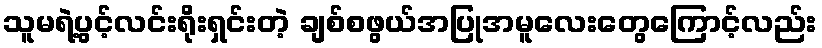
သူမရဲ့ပွင့်လင်းရိုးရှင်းတဲ့ ချစ်စဖွယ်အပြုအမူလေးတွေကြောင့်လည်း